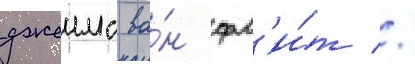
джеимс ва́н фл'и́т //